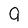
Character: g